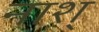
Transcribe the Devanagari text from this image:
नाश्